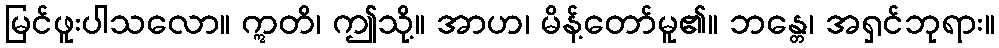
မြင်ဖူးပါသလော။ ဣတိ၊ ဤသို့။ အာဟ၊ မိန့်တော်မူ၏။ ဘန္တေ၊ အရှင်ဘုရား။